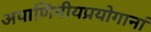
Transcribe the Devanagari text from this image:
अपाणिनीयप्रयोगानां